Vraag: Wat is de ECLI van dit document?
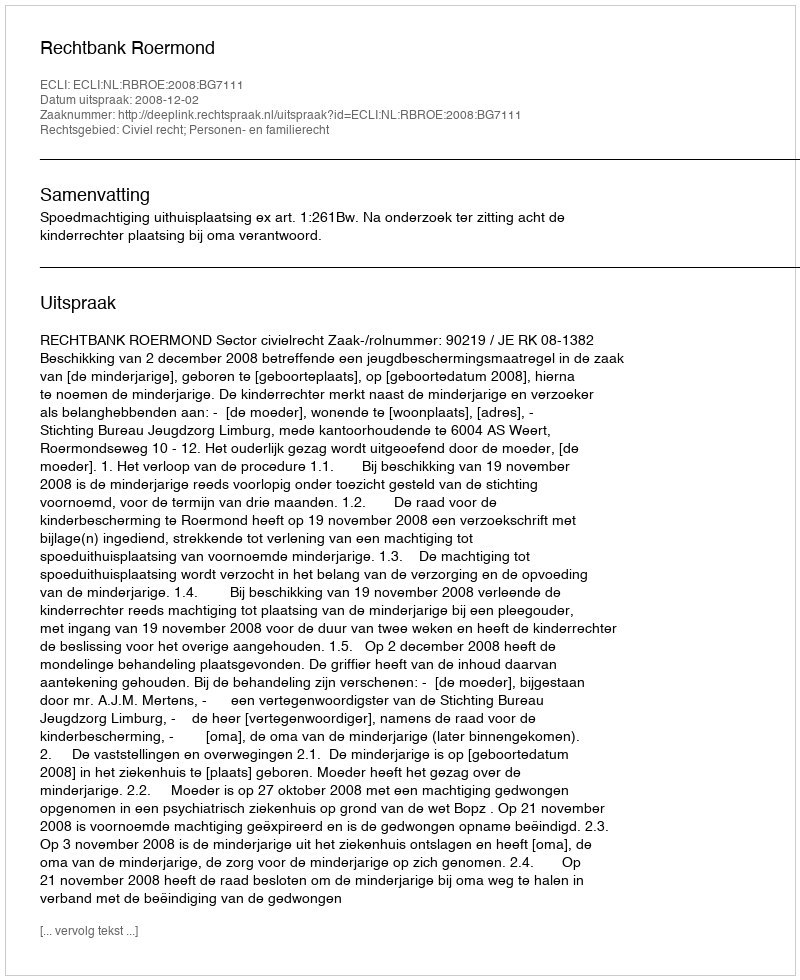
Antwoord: ECLI:NL:RBROE:2008:BG7111